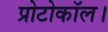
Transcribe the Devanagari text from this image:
प्रोटोकॉल।